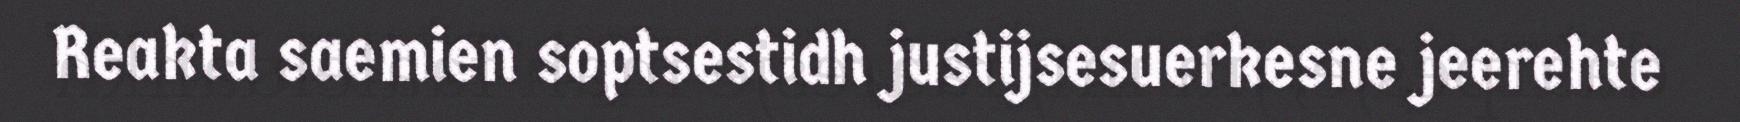
Reakta saemien soptsestidh justijsesuerkesne jeerehte